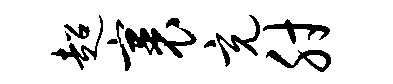
超裹充肘